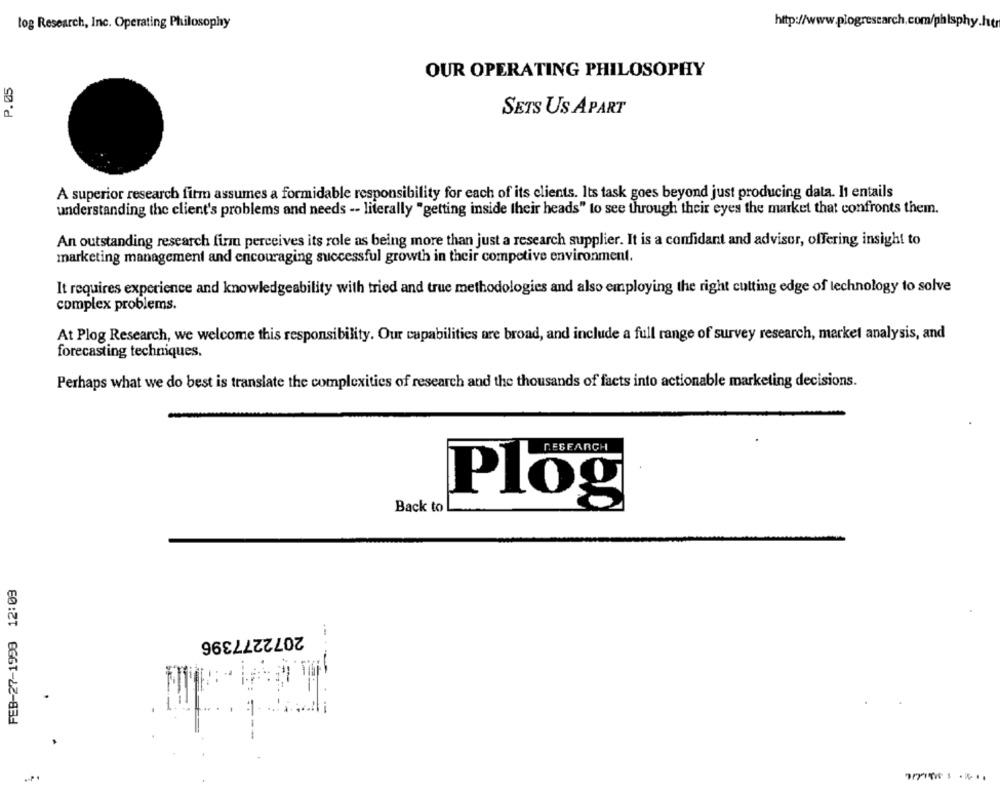
log Research, Inc. Operating Philosophy
P.05
OUR OPERATING PHILOSOPHY
SETS US APART
A superior research firm assumes a formidable responsibility for each of its clients. Its task goes beyond just producing data. It entails
understanding the client's problems and needs -- literally "getting inside their heads" to see through their eyes the market that confronts them.
An outstanding research firm perceives its role as being more than just a research supplier. It is a confidant and advisor, offering insight to
marketing management and encouraging successful growth in their competive environment.
It requires experience and knowledgeability with tried and true methodologies and also employing the right cutting edge of technology to solve
complex problems.
At Plog Research, we welcome this responsibility. Our capabilities are broad, and include a full range of survey research, market analysis, and
forecasting techniques.
Perhaps what we do best is translate the complexities of research and the thousands of facts into actionable marketing decisions.
Plog
Back to
FEB-27-1998 12:03
2072277396